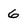
Character: 6